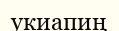
укиапиң